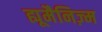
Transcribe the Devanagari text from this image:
ह्यूमैनिज़्म